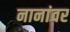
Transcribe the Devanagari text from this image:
नानांवर